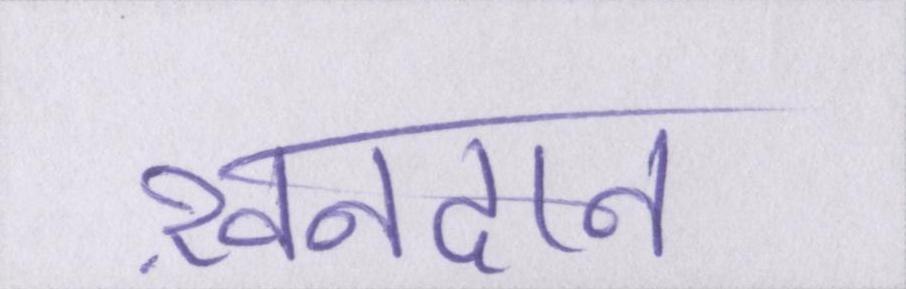
ख़ानदान